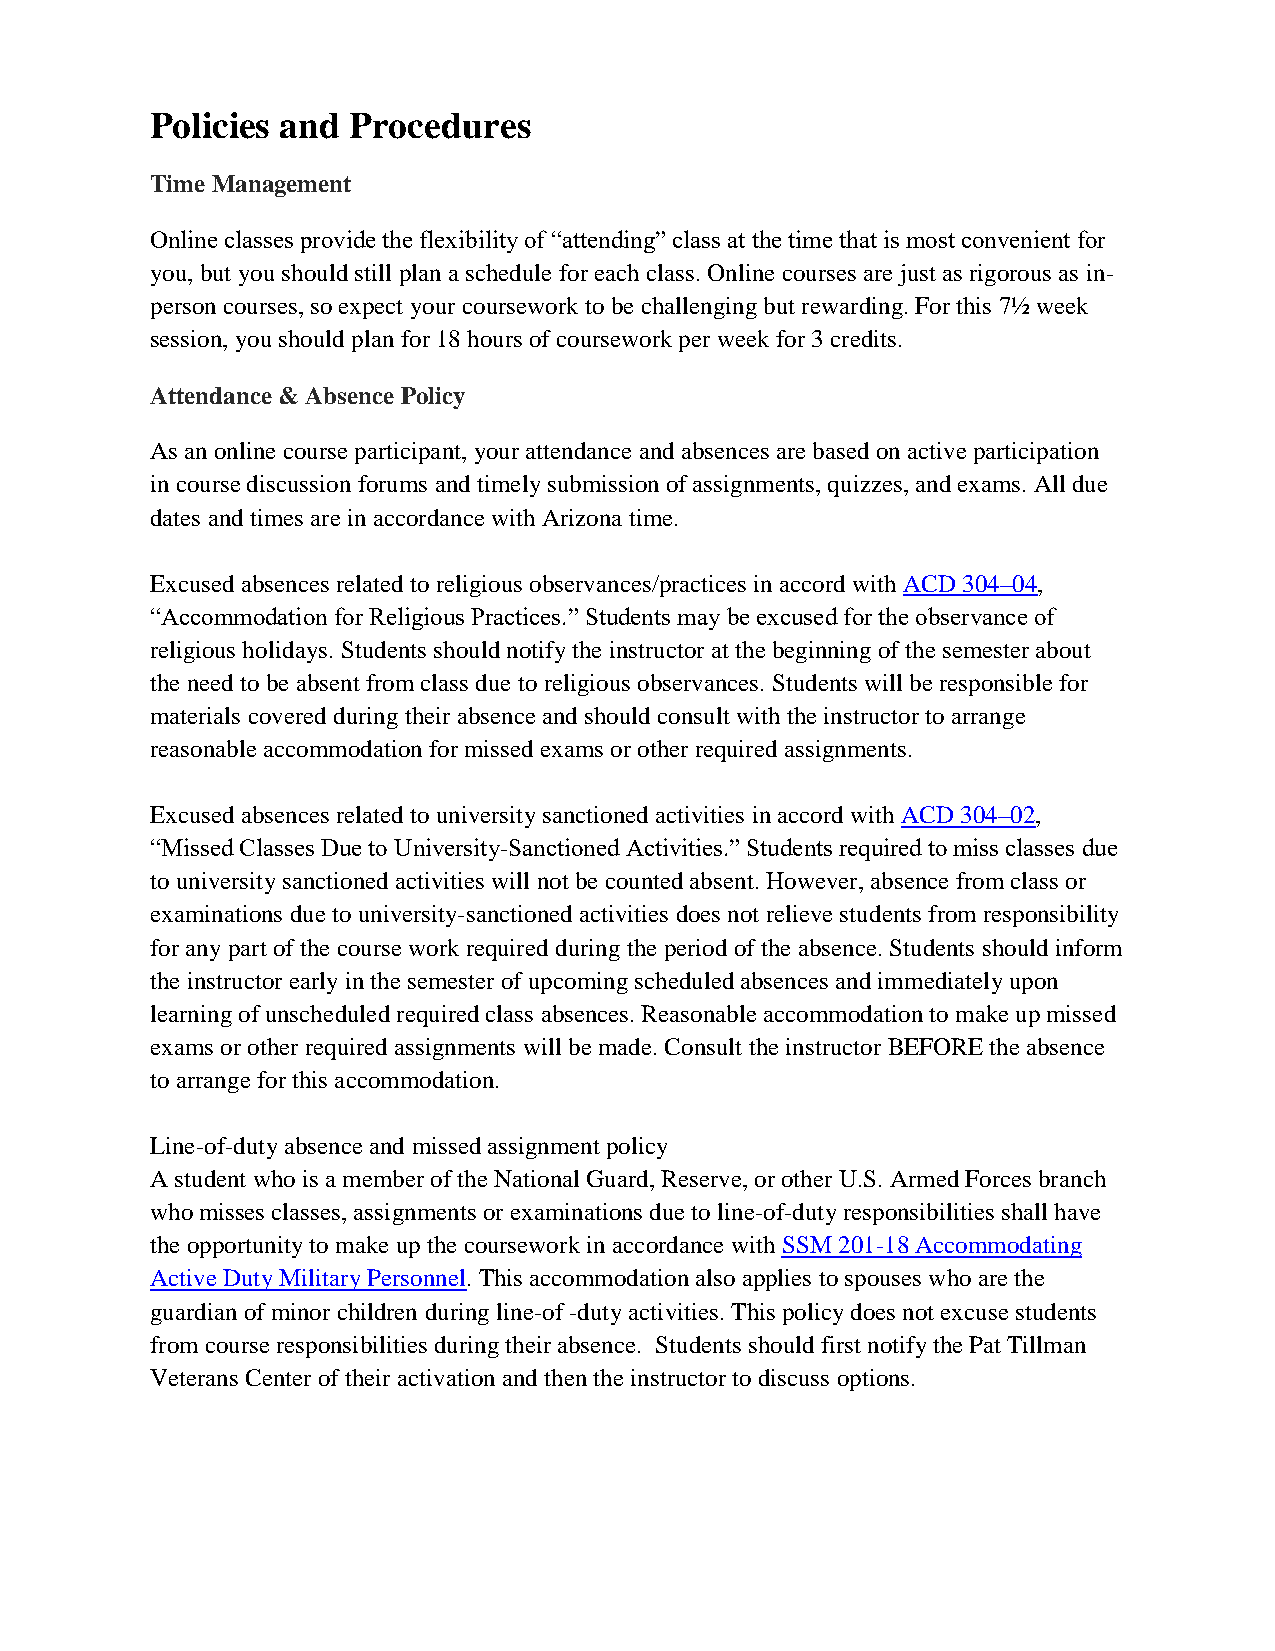
Policies and Procedures
 Time Management
 Online classes provide the flexibility of ―attending‖ class at the time that is most convenient for
 you, but you should still plan a schedule for each class. Online courses are just as rigorous as in-
 person courses, so expect your coursework to be challenging but rewarding. For this 7½ week
 session, you should plan for 18 hours of coursework per week for 3 credits.
 Attendance & Absence Policy
 As an online course participant, your attendance and absences are based on active participation
 in course discussion forums and timely submission of assignments, quizzes, and exams. All due
 dates and times are in accordance with Arizona time.
 Excused absences related to religious observances/practices in accord with ACD 304–04,
 ―Accommodation for Religious Practices.‖ Students may be excused for the observance of
 religious holidays. Students should notify the instructor at the beginning of the semester about
 the need to be absent from class due to religious observances. Students will be responsible for
 materials covered during their absence and should consult with the instructor to arrange
 reasonable accommodation for missed exams or other required assignments.
 Excused absences related to university sanctioned activities in accord with ACD 304–02,
 ―Missed Classes Due to University-Sanctioned Activities.‖ Students required to miss classes due
 to university sanctioned activities will not be counted absent. However, absence from class or
 examinations due to university-sanctioned activities does not relieve students from responsibility
 for any part of the course work required during the period of the absence. Students should inform
 the instructor early in the semester of upcoming scheduled absences and immediately upon
 learning of unscheduled required class absences. Reasonable accommodation to make up missed
 exams or other required assignments will be made. Consult the instructor BEFORE the absence
 to arrange for this accommodation.
 Line-of-duty absence and missed assignment policy
 A student who is a member of the National Guard, Reserve, or other U.S. Armed Forces branch
 who misses classes, assignments or examinations due to line-of-duty responsibilities shall have
 the opportunity to make up the coursework in accordance with SSM 201-18 Accommodating
 Active Duty Military Personnel. This accommodation also applies to spouses who are the
 guardian of minor children during line-of -duty activities. This policy does not excuse students
 from course responsibilities during their absence. Students should first notify the Pat Tillman
 Veterans Center of their activation and then the instructor to discuss options.